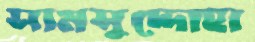
সামসুদ্দোহা